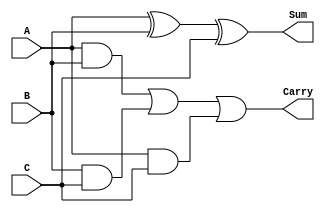
`timescale 1ns / 1ps
//////////////////////////////////////////////////////////////////////////////////
// Company: 
// Engineer: 
// 
// Design Name: 
// Module Name:    FullAdder 
// Project Name: 
// Target Devices: 
// Tool versions: 
// Description: 
//
// Dependencies: 
//
// Revision: 
// Revision 0.01 - File Created
// Additional Comments: 
//
//////////////////////////////////////////////////////////////////////////////////
module FullAdder(A, B, C, Sum, Carry);
input A, B, C;
output reg Sum, Carry;

always @ (A or B or C) begin
	Sum = A ^ B ^ C ;
	Carry = (A & B) | (B & C) | (A & C);
end
endmodule